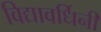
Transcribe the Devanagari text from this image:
विद्यावर्धिनी